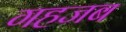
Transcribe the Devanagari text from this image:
गहजब